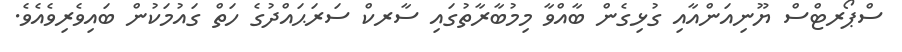
ސްޕޯރޓްސް ޔޫނިއަންއާއި ގުޅިގެން ބާއްވާ މިމުބާރާތުގައި ސާރކް ސަރަޙައްދުގެ ހަތް ގައުމަކުން ބައިވެރިވެއެވެ.